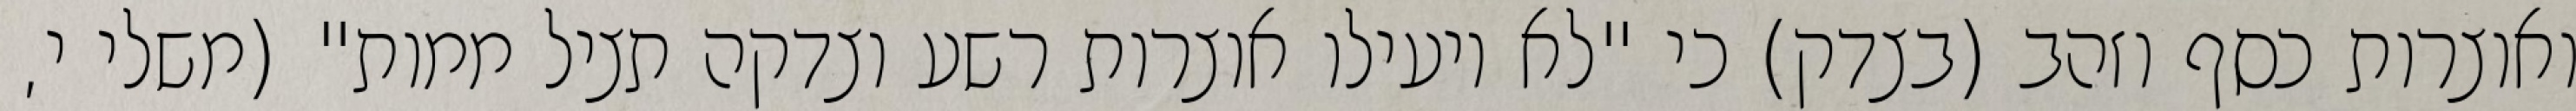
ואוצרות כסף וזהב (בצדק) כי "לא יועילו אוצרות רשע וצדקה תציל ממות" (משלי י,